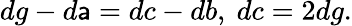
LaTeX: dg-d\mathsf{a}=dc-db,\ dc=2dg.